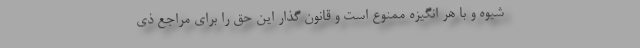
شیوه و با هر انگیزه ممنوع است و قانون گذار این حق را برای مراجع ذی